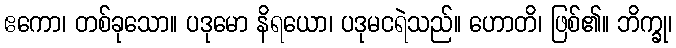
ဧကော၊ တစ်ခုသော။ ပဒုမော နိရယော၊ ပဒုမငရဲသည်။ ဟောတိ၊ ဖြစ်၏။ ဘိက္ခု၊